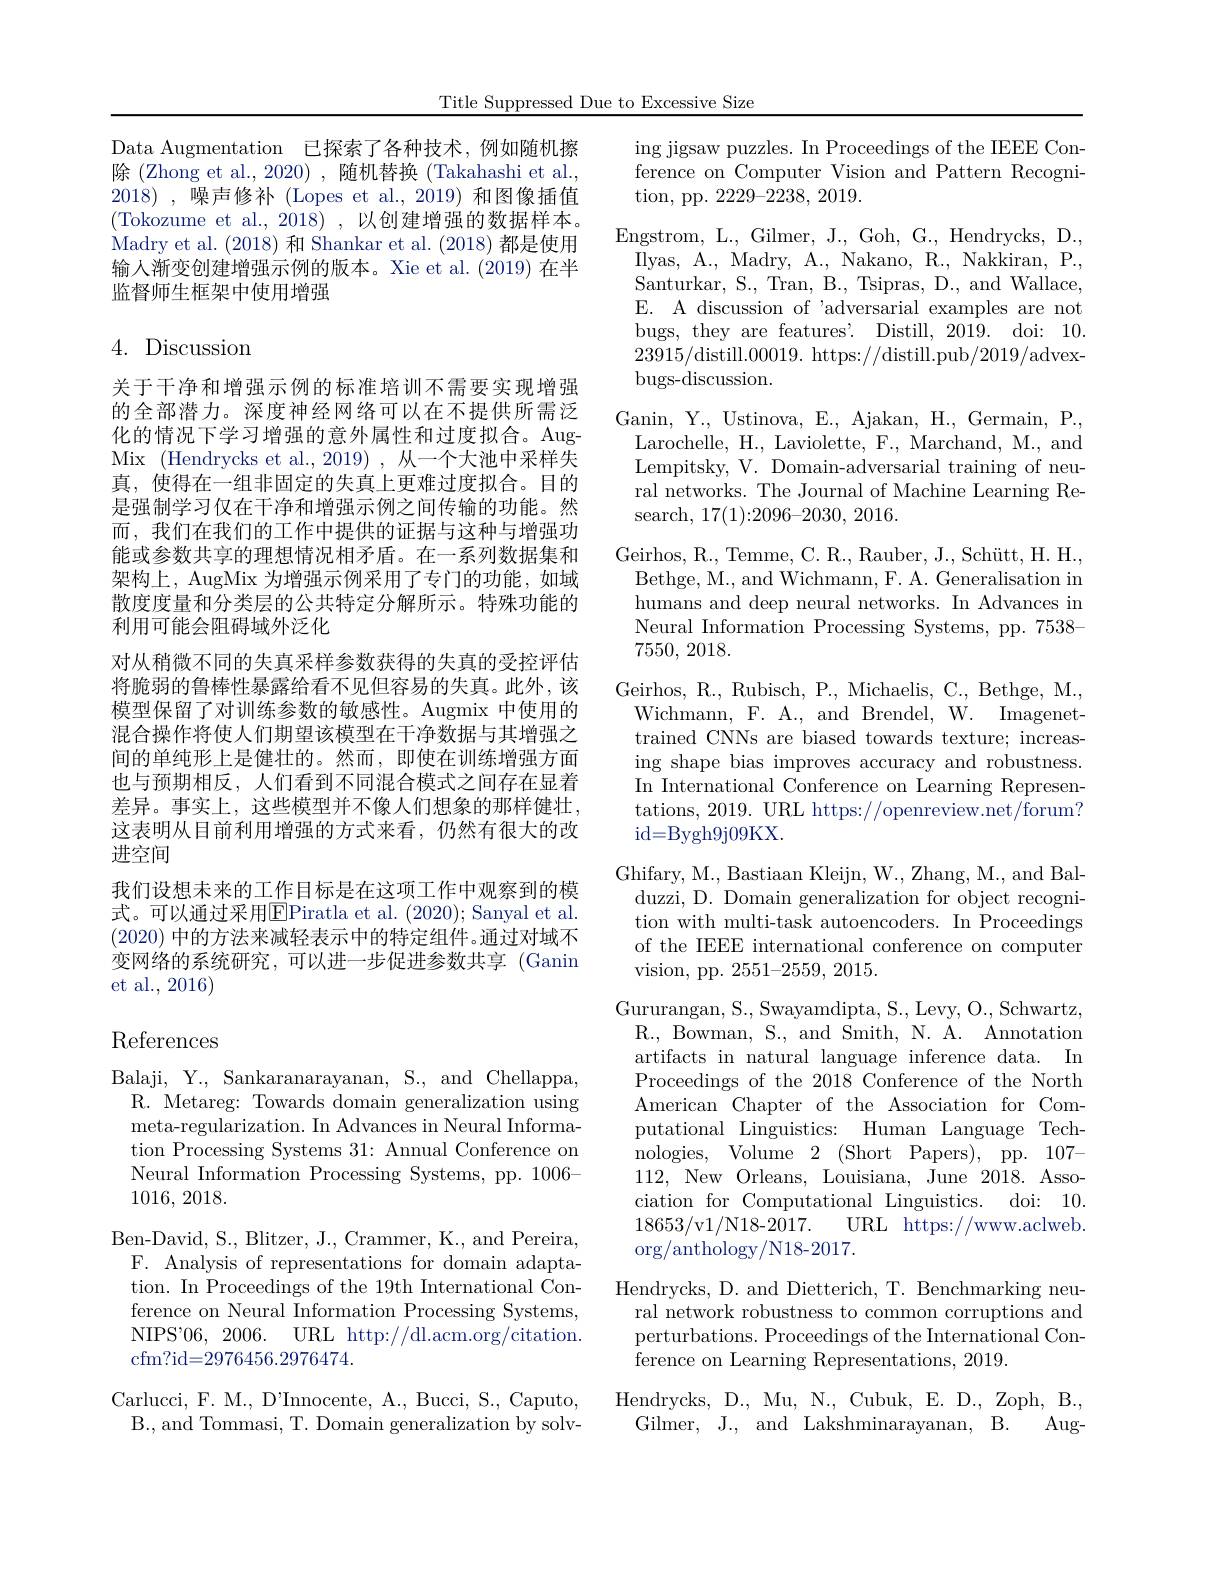
Title Suppressed Due to Excessive Size

Data Augmentation 已探索了各种技术，例如随机擦除 (Zhong et al.,2020) ,随机替换 (Takahashi et al., 2018),噪声修补(Lopes et al.,2019)和图像插值(Tokozume et al.,2018),以创建增强的数据样本。Madry et al. (2018) 和 Shankar et al. (2018) 都是使用输入渐变创建增强示例的版本。Xie et al. (2019) 在半监督师生框架中使用增强

# 4. Discussion

关于干净和增强示例的标准培训不需要实现增强的全部潜力。深度神经网络可以在不提供所需泛化的情况下学习增强的意外属性和过度拟合。AugMix (Hendrycks et al.,2019) ,从一个大池中采样失真，使得在一组非固定的失真上更难过度拟合。目的是强制学习仅在干净和增强示例之间传输的功能。然而，我们在我们的工作中提供的证据与这种与增强功能或参数共享的理想情况相矛盾。在一系列数据集和架构上，AugMix 为增强示例采用了专门的功能，如域散度度量和分类层的公共特定分解所示。特殊功能的利用可能会阻碍域外泛化
对从稍微不同的失真采样参数获得的失真的受控评估将脆弱的鲁棒性暴露给看不见但容易的失真。此外，该模型保留了对训练参数的敏感性。Augmix 中使用的混合操作将使人们期望该模型在干净数据与其增强之间的单纯形上是健壮的。然而，即使在训练增强方面也与预期相反，人们看到不同混合模式之间存在显着差异。事实上，这些模型并不像人们想象的那样健壮， 这表明从目前利用增强的方式来看，仍然有很大的改进空间
我们设想未来的工作目标是在这项工作中观察到的模式。可以通过采用$\overline{\mathrm{E}}$Piratla et al. (2020);Sanyal et al. (2020)中的方法来减轻表示中的特定组件。通过对域不变网络的系统研究，可以进一步促进参数共享 (Ganin et al., 2016)

ing jigsaw puzzles. In Proceedings of the IEEE Conference on Computer Vision and Pattern Recogni- $\operatorname{tion,~pp.~2229-2238,~2019.}$
Engstrom, L., Gilmer, J., Goh, G., Hendrycks, D., Ilyas, A. , Madry, A. , Nakano, R. , Nakkiran, P. , Santurkar, S., Tran, B., Tsipras, D., and Wallace, E. A discussion of 'adversarial examples are not bugs, they are features'. Distill, 2019. doi: 10. 23915/distill.00019. https://distill.pub/2019/advexbugs-discussion.
Ganin, Y., Ustinova, E., Ajakan, H., Germain, P., Larochelle, H., Laviolette, F., Marchand, M., and Lempitsky, V. Domain-adversarial training of neural networks. The Journal of Machine Learning Re- $\operatorname { search, }$ 17(1){:}2096{-}2030, 2016.
Geirhos, R., Temme, C. R., Rauber, J., Schütt, H. H., Bethge, M., and Wichmann, F. A. Generalisation in humans and deep neural networks. In Advances in Neural Information Processing Systems, pp. 7538- 7550, 2018.
Geirhos, R., Rubisch, P., Michaelis, C., Bethge, M., Wichmann, F. A. and Brendel, W. Imagenettrained CNNs are biased towards texture; increasing shape bias improves accuracy and robustness. In International Conference on Learning Representations, 2019. URL https://openreview.net/forum? id=Bygh9j09KX.
Ghifary, M., Bastiaan Kleijn, W., Zhang, M., and Balduzzi, D. Domain generalization for object recognition with multi-task autoencoders. In Proceedings of the IEEE international conference on computer vision, pp. 2551-2559,2015.
Gururangan, S., Swayamdipta, S., Levy, O., Schwartz, R., Bowman, S., and Smith, N. A. Annotation artifacts in natural language inference data. In Proceedings of the 2018 Conference of the North American Chapter of the Association for Computational Linguistics: Human Language Tech- ${\mathrm{nologies,~Volume~2~(Short~Papers),~pp.~107-}}$ 112, New Orleans, Louisiana, June 2018. Association for Computational Linguistics. doi: 10. 18653/v1/N18-2017.
URL https://www.aclweb.
$\operatorname{org}/\operatorname{anthology}/\operatorname{N18-2017.}$
Hendrycks, D. and Dietterich, T. Benchmarking neu-
ral network robustness to common corruptions and perturbations. Proceedings of the International Conference on Learning Representations, 2019.
Hendrycks, D., Mu, N., Cubuk, E. D., Zoph, B.,
Gilmer, J., and Lakshminarayanan, B.
Aug-

References

Balaji, Y., Sankaranarayanan, S., and Chellappa,
R. Metareg: Towards domain generalization using meta-regularization. In Advances in Neural Information Processing Systems 31: Annual Conference on Neural Information Processing Systems, pp. 1006- 1016, 2018.

Ben- David, S. , Blitzer, J. , Crammer, K. , and Pereira, F. Analysis of representations for domain adaptation. In Proceedings of the 19th International Conference on Neural Information Processing Systems, $NIPS^{\prime }06, 2006.$ URL http: / / dl. acm. org/ citation. cfm?id=2976456.2976474.

Carlucci, F. M., D'Innocente, A., Bucci, S., Caputo, B., and Tommasi, T. Domain generalization by solv-